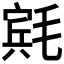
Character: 𬇄